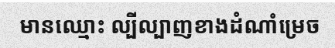
មានឈ្មោះ ល្បីល្បាញខាងដំណាំម្រេច